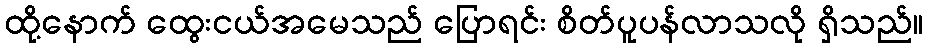
ထို့နောက် ထွေးငယ်အမေသည် ပြောရင်း စိတ်ပူပန်လာသလို ရှိသည်။